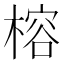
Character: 榕